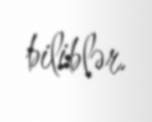
biliblər.